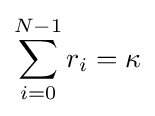
\sum _{i=0}^{N-1}r_{i}=\kappa